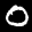
Label: 0